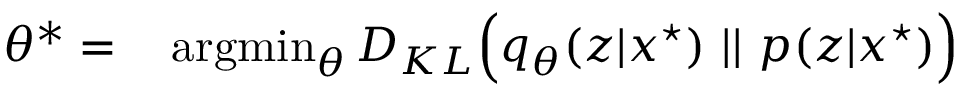
\begin{array} { r l } { \theta ^ { * } = } & { { } \operatorname * { a r g m i n } _ { \theta } D _ { K L } \Big ( q _ { \theta } ( z | x ^ { \star } ) \ | | \ p ( z | x ^ { \star } ) \Big ) } \end{array}